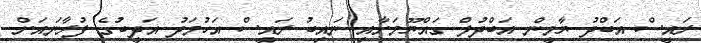
ރައީސް އަބްދު ޔާމީން އަބްދުލް ގައްޔޫމަށާއި ނައިބު ރައީސް އަހުމަދު އަދީބުގެ ފުރާނައަށް